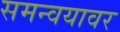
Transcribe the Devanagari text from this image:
समन्वयावर